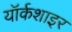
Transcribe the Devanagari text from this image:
यॉर्कशाइर